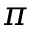
\pi